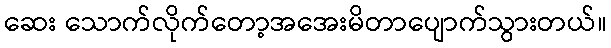
ဆေး သောက်လိုက်တော့အအေးမိတာပျောက်သွားတယ်။